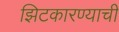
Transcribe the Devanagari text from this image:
झिटकारण्याची